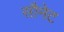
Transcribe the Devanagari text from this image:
सौनेट